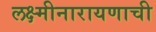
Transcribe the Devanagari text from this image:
लक्ष्मीनारायणाची